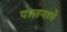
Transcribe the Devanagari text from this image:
पालनाचे